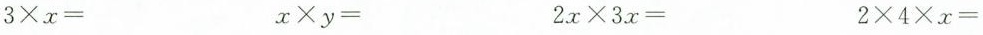
$$3 \times x=$$ $$x \times y=$$ $$2x \times 3x=$$ $$2 \times 4 \times x=$$